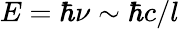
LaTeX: E=\hbar\nu\sim\hbar c/l